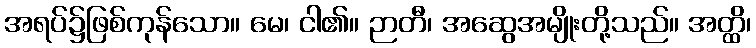
အရပ်၌ဖြစ်ကုန်သော။ မေ၊ ငါ၏။ ဉာတီ၊ အဆွေအမျိုးတို့သည်။ အတ္ထိ၊